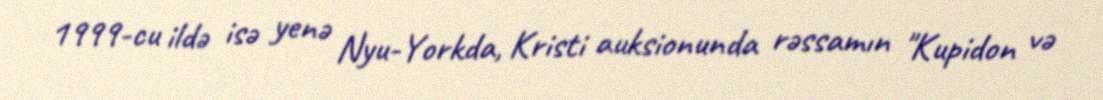
1999-cu ildə isə yenə Nyu-Yorkda, Kristi auksionunda rəssamın "Kupidon və